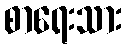
စာရေးသား